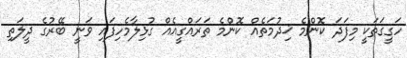
ހަގީގަތަކީ މިފަދަ ކޮންމެ ޚިދުމަތެއް ކޮންމެ ތަރައްގީއެއް ގުޅިލާމެހިފައި ވަނީ ބޭރުގެ ދީލަތި